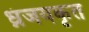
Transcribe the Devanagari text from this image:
ध्नंजयकृत